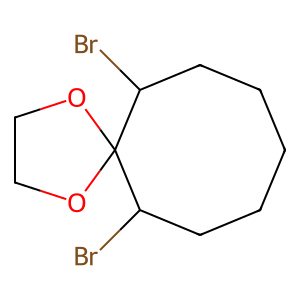
SMILES: BrC1CCCCCC(Br)C12OCCO2
Inhibits HIV replication: No